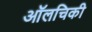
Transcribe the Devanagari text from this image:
ऑलचिकी